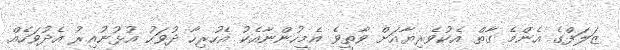
ޒަަލަފްގެ އެންމެ ގާތް އެކުވެރިޔާއަށް ވާތީވެ އެމީހުންނާއެކު އެހުރިހާ ދުވަހު އުޅުނުއިރު އެދުވަހެއް